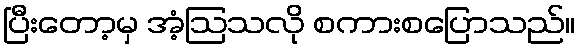
ပြီးတော့မှ အံ့ဩသလို စကားစပြောသည်။